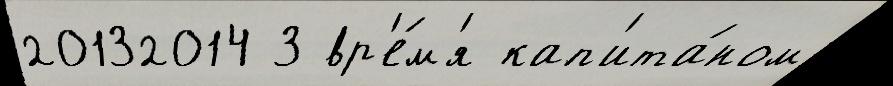
20132014 3 вр'е́м'я кап'ита́ном